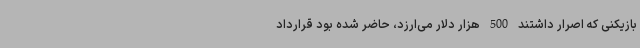
بازیکنی که اصرار داشتند 500 هزار دلار می‌ارزد، حاضر شده بود قرارداد